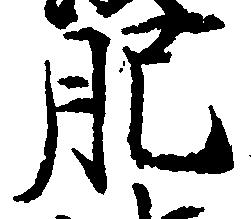
肥